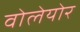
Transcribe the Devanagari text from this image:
वोलेयोर